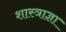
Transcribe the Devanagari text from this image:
शास्त्राज्ञा